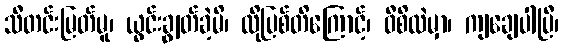
သီတင်းမြတ်မူ၊ ယွင်းချွတ်ခဲ့မိ၊ ထိုပြစ်တိကြောင့်၊ ဝီစိထဲမှာ၊ ကျချေပါပြီ၊